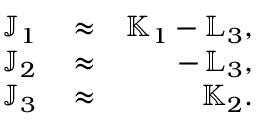
\begin{array} { r l r } { { \mathbb J } _ { 1 } } & { { } \approx } & { { \mathbb K } _ { 1 } - { \mathbb L } _ { 3 } , } \\ { { \mathbb J } _ { 2 } } & { { } \approx } & { - \, { \mathbb L } _ { 3 } , } \\ { { \mathbb J } _ { 3 } } & { { } \approx } & { { \mathbb K } _ { 2 } . } \end{array}